画像に写った文字を読んでください
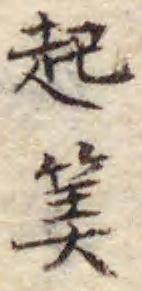
「起𥮅」と書いてあります